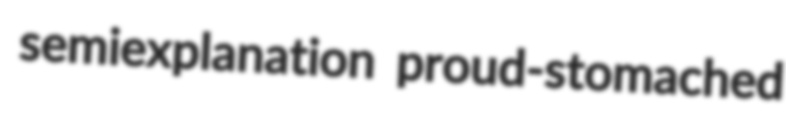
semiexplanation proud-stomached